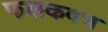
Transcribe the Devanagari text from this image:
फलकवच